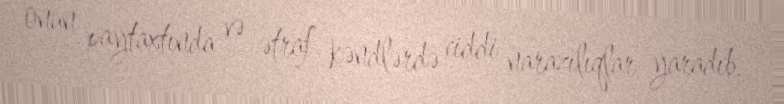
onun paytaxtında və ətraf kəndlərdə ciddi narazılıqlar yaradıb.